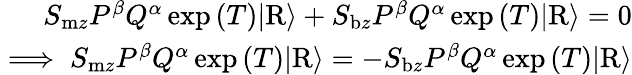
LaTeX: \begin{array}{r}{S_{\mathrm{m}z}P^{\beta}Q^{\alpha}\exp{(T)}\vert\mathrm{R}\rangle+S_{\mathrm{b}z}P^{\beta}Q^{\alpha}\exp{(T)}\vert\mathrm{R}\rangle=0}\\ {\implies S_{\mathrm{m}z}P^{\beta}Q^{\alpha}\exp{(T)}\vert\mathrm{R}\rangle=-S_{\mathrm{b}z}P^{\beta}Q^{\alpha}\exp{(T)}\vert\mathrm{R}\rangle}\end{array}